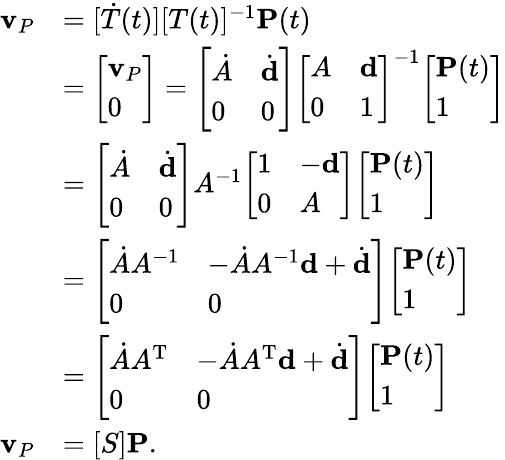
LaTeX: {\begin{array}{rl}{\mathbf{v}_{P}}&{=[{\dot{T}}(t)][T(t)]^{-1}\mathbf{P}(t)}\\ &{={\left[\begin{array}{l}{\mathbf{v}_{P}}\\ {0}\end{array}\right]}={\left[\begin{array}{ll}{{\dot{A}}}&{{\dot{\mathbf{d}}}}\\ {0}&{0}\end{array}\right]}{\left[\begin{array}{ll}{A}&{\mathbf{d}}\\ {0}&{1}\end{array}\right]}^{-1}{\left[\begin{array}{l}{\mathbf{P}(t)}\\ {1}\end{array}\right]}}\\ &{={\left[\begin{array}{ll}{{\dot{A}}}&{{\dot{\mathbf{d}}}}\\ {0}&{0}\end{array}\right]}A^{-1}{\left[\begin{array}{ll}{1}&{-\mathbf{d}}\\ {0}&{A}\end{array}\right]}{\left[\begin{array}{l}{\mathbf{P}(t)}\\ {1}\end{array}\right]}}\\ &{={\left[\begin{array}{ll}{{\dot{A}}A^{-1}}&{-{\dot{A}}A^{-1}\mathbf{d}+{\dot{\mathbf{d}}}}\\ {0}&{0}\end{array}\right]}{\left[\begin{array}{l}{\mathbf{P}(t)}\\ {1}\end{array}\right]}}\\ &{={\left[\begin{array}{ll}{{\dot{A}}A^{\mathrm{T}}}&{-{\dot{A}}A^{\mathrm{T}}\mathbf{d}+{\dot{\mathbf{d}}}}\\ {0}&{0}\end{array}\right]}{\left[\begin{array}{l}{\mathbf{P}(t)}\\ {1}\end{array}\right]}}\\ {\mathbf{v}_{P}}&{=[S]\mathbf{P}.}\end{array}}